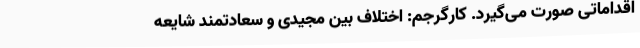
اقداماتی صورت می‌گیرد. کارگرجم:‌ اختلاف بین مجیدی و سعادتمند شایعه